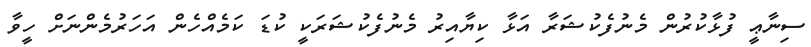
ސިނާޢީ ފުޅާކުރުން މެނުފެކުޝަރާ އަޅާ ކިޔާއިރު މެނުފެކުޝަރަކީ ކުޑަ ކަމެއްހެން އަހަރުމެންނަށް ހީވާ